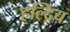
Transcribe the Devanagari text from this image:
हल्द्रिच